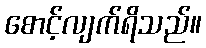
စောင့်လျက်ရိသည်။